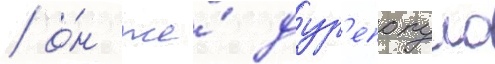
/ о́н же́ дур'епопуло